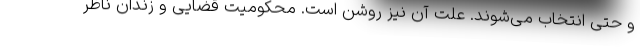
و حتی انتخاب می‌شوند. علت آن نیز روشن است. محکومیت قضایی و زندان ناظر